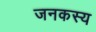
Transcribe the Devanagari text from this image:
जनकस्य